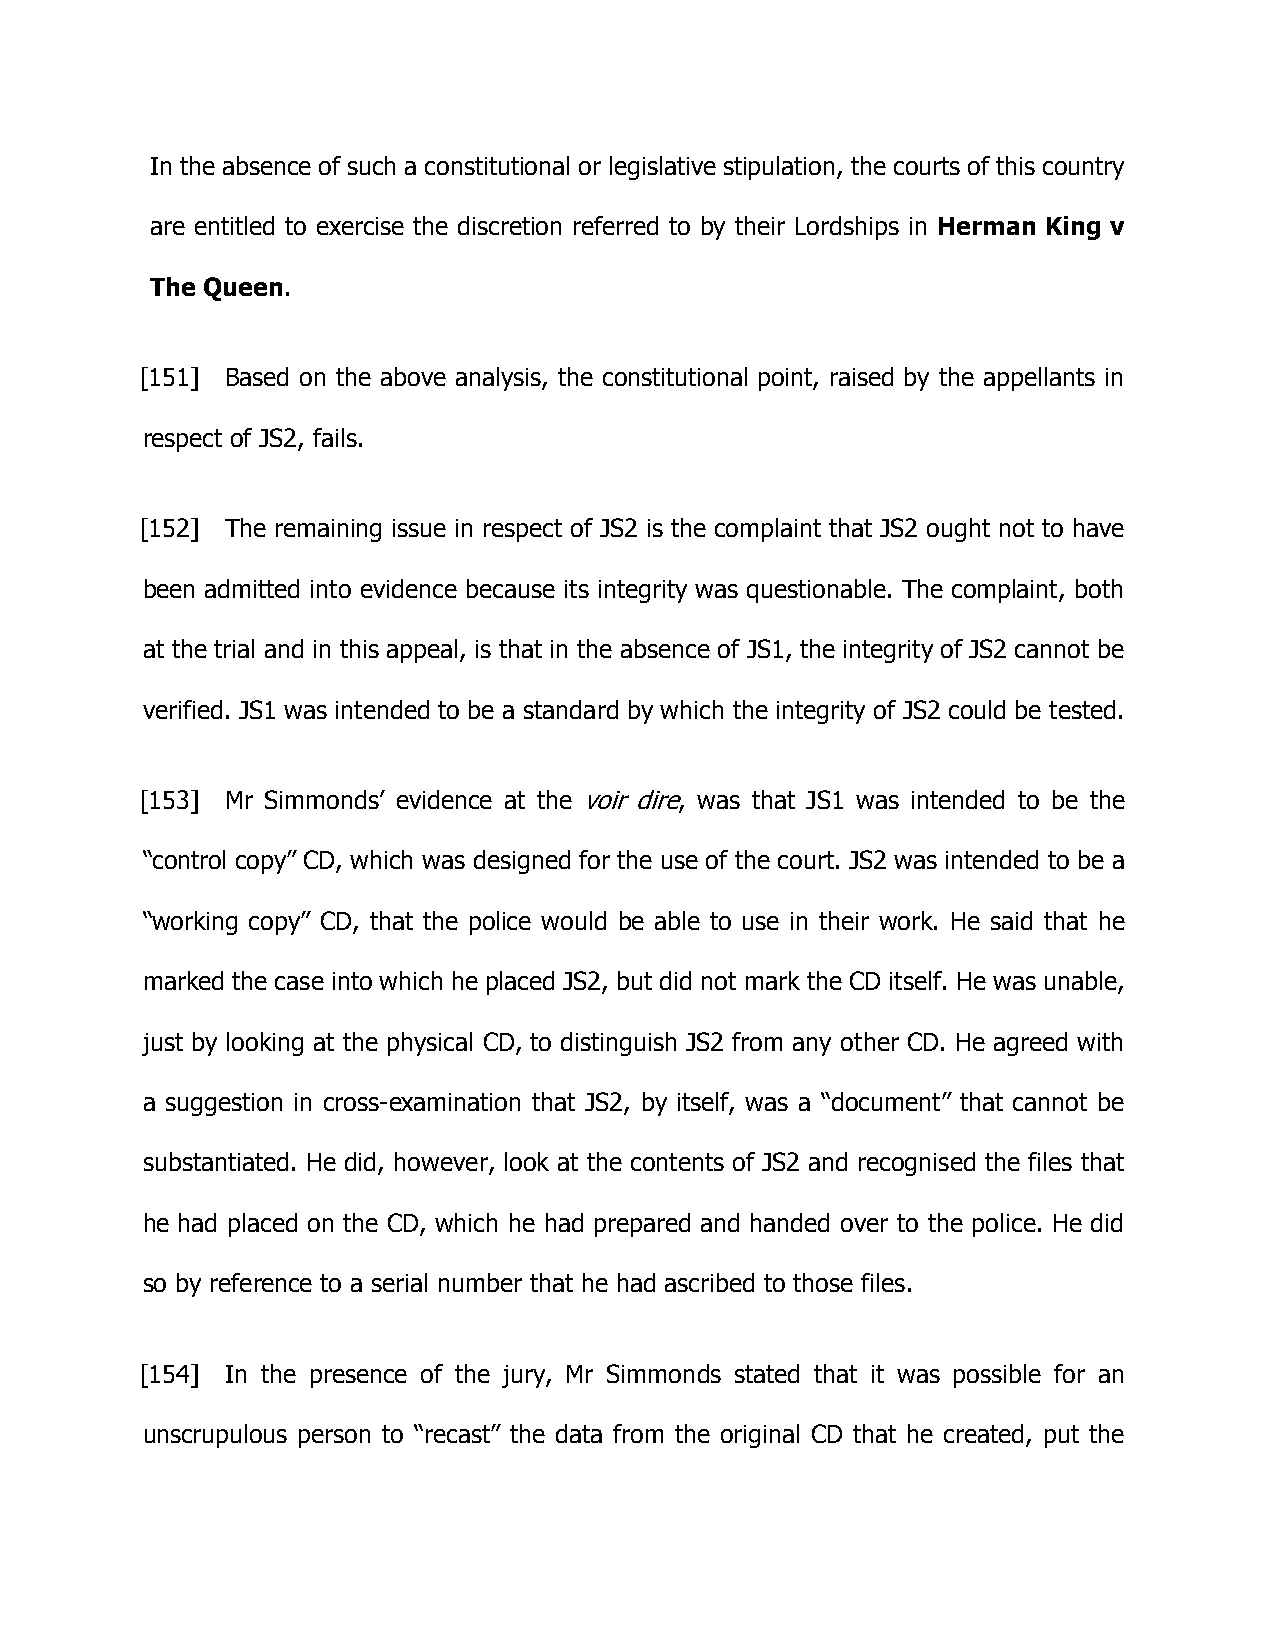
In the absence of such a constitutional or legislative stipulation, the courts of this country
 are entitled to exercise the discretion referred to by their Lordships in Herman King v
 The Queen.
 [151] Based on the above analysis, the constitutional point, raised by the appellants in
 respect of JS2, fails.
 [152] The remaining issue in respect of JS2 is the complaint that JS2 ought not to have
 been admitted into evidence because its integrity was questionable. The complaint, both
 at the trial and in this appeal, is that in the absence of JS1, the integrity of JS2 cannot be
 verified. JS1 was intended to be a standard by which the integrity of JS2 could be tested.
 [153] Mr Simmonds’ evidence at the voir dire, was that JS1 was intended to be the
 “control copy” CD, which was designed for the use of the court. JS2 was intended to be a
 “working copy” CD, that the police would be able to use in their work. He said that he
 marked the case into which he placed JS2, but did not mark the CD itself. He was unable,
 just by looking at the physical CD, to distinguish JS2 from any other CD. He agreed with
 a suggestion in cross-examination that JS2, by itself, was a “document” that cannot be
 substantiated. He did, however, look at the contents of JS2 and recognised the files that
 he had placed on the CD, which he had prepared and handed over to the police. He did
 so by reference to a serial number that he had ascribed to those files.
 [154] In the presence of the jury, Mr Simmonds stated that it was possible for an
 unscrupulous person to “recast” the data from the original CD that he created, put the